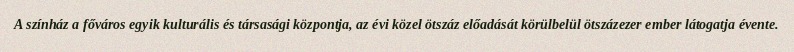
A színház a főváros egyik kulturális és társasági központja, az évi közel ötszáz előadását körülbelül ötszázezer ember látogatja évente.